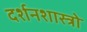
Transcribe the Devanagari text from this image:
दर्शनशास्त्रो